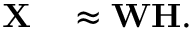
\begin{array} { r l } { \mathbf { X } } & { { } \approx \mathbf { W } \mathbf { H } . } \end{array}